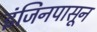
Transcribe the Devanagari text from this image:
इंजिनपासून